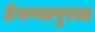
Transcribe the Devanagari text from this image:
ठेवण्यापुरता